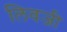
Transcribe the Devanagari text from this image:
लिवजी